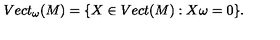
V e c t _ { \omega } ( M ) = \{ X \in V e c t ( M ) : X \omega = 0 \} .